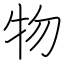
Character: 物